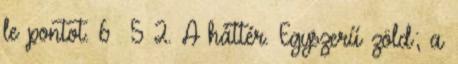
le pontot. 6 5 2. A háttér. Egyszerű zöld; a